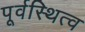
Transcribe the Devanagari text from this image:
पूर्वस्थित्व